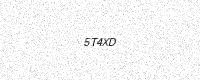
Text: 5T4XD